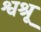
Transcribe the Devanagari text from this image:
श्वश्रू